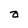
Character: a